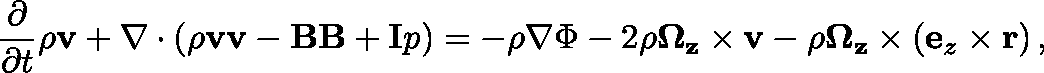
\frac { \partial } { \partial t } \rho \mathbf { v } + \nabla \cdot ( \rho \mathbf { v v } - \mathbf { B B } + \mathbf { I } p ) = - \rho \nabla \Phi - 2 \rho \mathbf { \Omega _ { z } } \times { \bf v } - \rho \mathbf { \Omega _ { z } } \times \left( { \bf e } _ { z } \times { \bf r } \right) ,